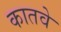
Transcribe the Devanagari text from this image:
कातवे